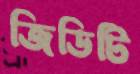
জিডিটি